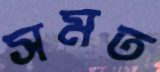
সমত